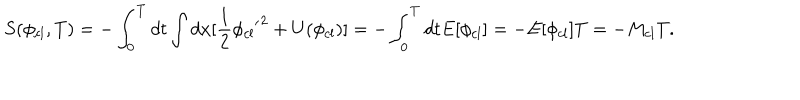
S ( \phi _ { c l } , T ) = - \int _ { 0 } ^ { T } d t \int d x [ \frac { 1 } { 2 } \phi _ { c l } { ' } ^ { 2 } + U ( \phi _ { c l } ) ] = - \int _ { 0 } ^ { T } d t E [ \phi _ { c l } ] = - E [ \phi _ { c l } ] T = - M _ { c l } T .